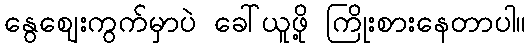
နွေဈေးကွက်မှာပဲ ခေါ်ယူဖို့ ကြိုးစားနေတာပါ။